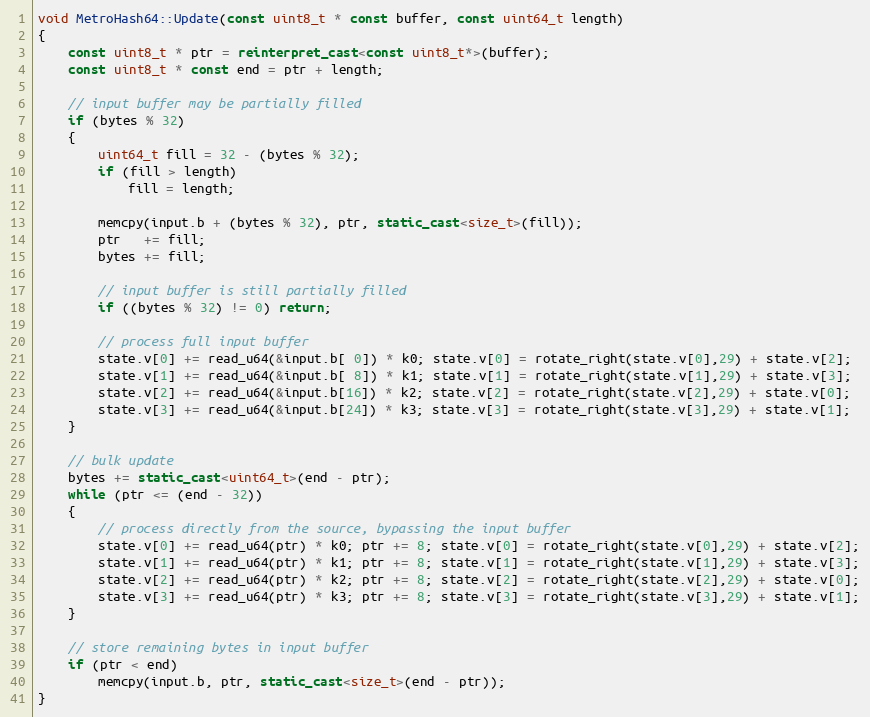
Language: C++
void MetroHash64::Update(const uint8_t * const buffer, const uint64_t length)
{
    const uint8_t * ptr = reinterpret_cast<const uint8_t*>(buffer);
    const uint8_t * const end = ptr + length;

    // input buffer may be partially filled
    if (bytes % 32)
    {
        uint64_t fill = 32 - (bytes % 32);
        if (fill > length)
            fill = length;

        memcpy(input.b + (bytes % 32), ptr, static_cast<size_t>(fill));
        ptr   += fill;
        bytes += fill;

        // input buffer is still partially filled
        if ((bytes % 32) != 0) return;

        // process full input buffer
        state.v[0] += read_u64(&input.b[ 0]) * k0; state.v[0] = rotate_right(state.v[0],29) + state.v[2];
        state.v[1] += read_u64(&input.b[ 8]) * k1; state.v[1] = rotate_right(state.v[1],29) + state.v[3];
        state.v[2] += read_u64(&input.b[16]) * k2; state.v[2] = rotate_right(state.v[2],29) + state.v[0];
        state.v[3] += read_u64(&input.b[24]) * k3; state.v[3] = rotate_right(state.v[3],29) + state.v[1];
    }

    // bulk update
    bytes += static_cast<uint64_t>(end - ptr);
    while (ptr <= (end - 32))
    {
        // process directly from the source, bypassing the input buffer
        state.v[0] += read_u64(ptr) * k0; ptr += 8; state.v[0] = rotate_right(state.v[0],29) + state.v[2];
        state.v[1] += read_u64(ptr) * k1; ptr += 8; state.v[1] = rotate_right(state.v[1],29) + state.v[3];
        state.v[2] += read_u64(ptr) * k2; ptr += 8; state.v[2] = rotate_right(state.v[2],29) + state.v[0];
        state.v[3] += read_u64(ptr) * k3; ptr += 8; state.v[3] = rotate_right(state.v[3],29) + state.v[1];
    }

    // store remaining bytes in input buffer
    if (ptr < end)
        memcpy(input.b, ptr, static_cast<size_t>(end - ptr));
}